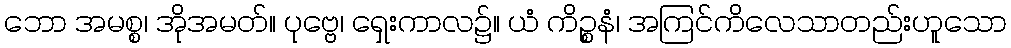
ဘော အမစ္စ၊ အိုအမတ်။ ပုဗ္ဗေ၊ ရှေးကာလ၌။ ယံ ကိဉ္စနံ၊ အကြင်ကိလေသာတည်းဟူသော